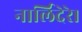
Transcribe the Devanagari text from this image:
नार्लिदेरे।